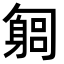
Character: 匔